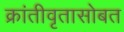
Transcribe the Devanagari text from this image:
क्रांतीवृतासोबत